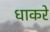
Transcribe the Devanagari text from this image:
धाकरे